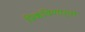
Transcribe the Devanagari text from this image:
पिकविणार्‍या